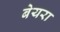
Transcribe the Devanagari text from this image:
बेयरा